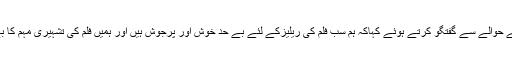
بھارتی ذرائع ابلاغ کے مطابق اداکارہ دیا مرزا نے فلم ’’سنجو ‘‘ کے حوالے سے گفتگو کرتے ہوئے کہاکہ ہم سب فلم کی ریلیزکے لئے بے حد خوش اور پرجوش ہیں اور ہمیں فلم کی تشہیری مہم کا بے صبری سے انتظار ہے جبکہ فلم کا ٹریلر جلد ریلیز کیا جائے گا۔